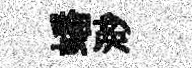
蟠渺